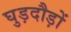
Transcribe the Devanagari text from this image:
घुड़दौड़ों